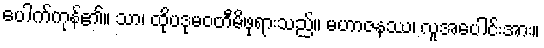
ပေါက်ကုန်၏။ သာ၊ ထိုပဒုမဝတီမိဖုရားသည်။ မဟာဇနဿ၊ လူအပေါင်းအား။